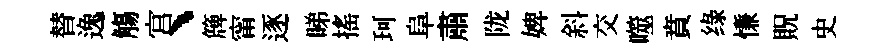
替逸觴宫、簰甯逐睇搖珂阜肅陇婢斜交噬賁绿慊貺史